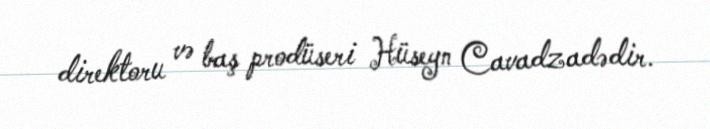
direktoru və baş prodüseri Hüseyn Cavadzadədir.